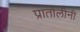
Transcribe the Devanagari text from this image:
प्रातोलीनी